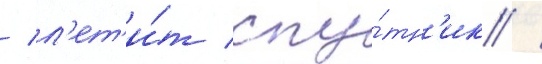
/ л'ет'и́т спу́тн'ик /